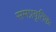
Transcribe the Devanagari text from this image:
समप्रवृतिकः